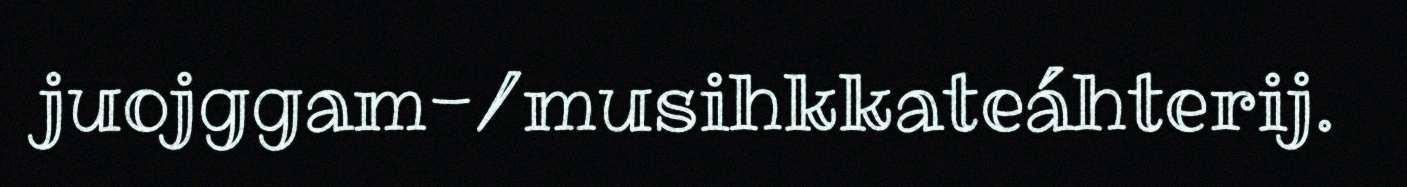
juojggam-/musihkkateáhterij.